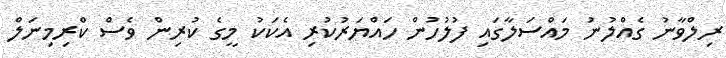
ރިލްވާނު ގެއްލުނު މައްސަލާގައި ފުލުހުން ހައްޔަރުކުރި އެކަކު މީގެ ކުރިން ވެސް ކްރިމިނަލް